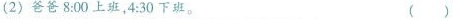
（2）爸爸8:00上班，4:30下班。（）